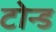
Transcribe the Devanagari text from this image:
टोन्ड